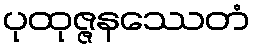
ပုထုဇ္ဇနဿေတံ